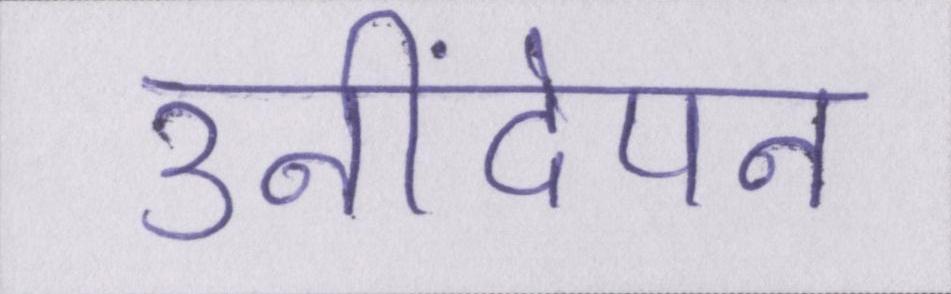
उनींदेपन